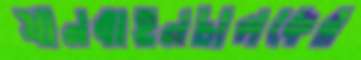
যানবাহনচালকের